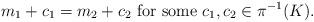
LaTeX: \begin{align*}m_1+c_1 = m_2 +c_2 \textrm{ for some } c_1,c_2 \in \pi^{-1}(K).\end{align*}